Civil Veterinary Dept. Assam report 1927-50 - 1927-1950
Year: 1927
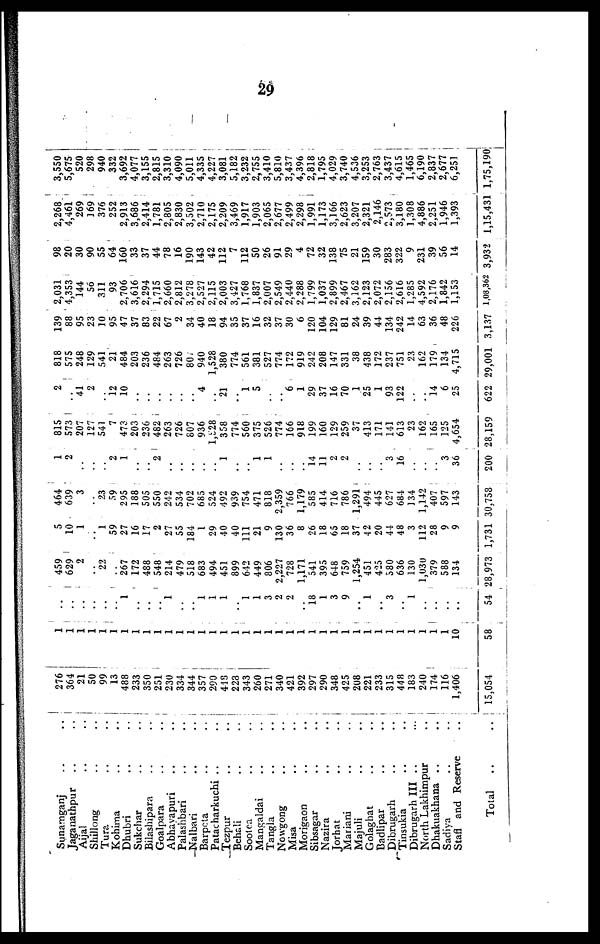
29
Sunamganj ..
Jaganathpur ..
Aijal ..
Shillong ..
Tura ..
Kohina ..
Dhubri ..
Sukchar ..
Bilashipara ..
Goalpara ..
Abhayapuri ..
Palashbari ..
Nalbari ..
Barpeta ..
Patacharkuchi ..
Tezpur ..
Behali ..
Sootea ..
Mangaldai ..
Tangla ..
Nowgong ..
Misa ..
Morigaon ..
Sibsagar ..
Nazira ..
Jorhat ..
Mariani ..
Majuli ..
Golaghat ..
Badlipar ..
Dibrugarh ..
Tinsukia ..
Dibrugarh III ..
North Lakhimpur
Dhakuakhana ..
Sadiya ..
Staff and Reserve
Total
..
..
..
..
..
..
..
..
..
..
..
..
..
..
..
..
..
..
..
..
..
..
..
..
..
..
..
...
..
..
..
..
..
..
..
..
..
..
276
364
21
50
99
13
488
233
350
251
230
334
344
357
290
418
228
343
260
271
340
421
392
297
290
348
425
208
221
233
315
448
183
240
174
116
1,406
15,054
1
1
1
1
1
1
1
1
1
1
1
1
1
1
1
1
1
1
1
1
1
1
1
1
1
1
1
1
1
1
1
1
1
1
1
..
10
58
..
..
..
..
..
..
1
..
..
..
1
..
..
1
1
1
..
1
1
3
2
2
..
18
1
3
9
..
1
..
3
..
1
..
..
..
..
54
459
629
2
22
267
172
488
548
214
479
518
683
494
451
899
642
449
806
2,227
728
1,171
541
395
648
759
1,254
451
425
380
636
130
1,030
379
588
134
28,973
5
10
1
1
59
27
16
17
2
27
55
184
1
29
40
40
111
21
9
130
36
8
26
18
65
18
37
42
20
44
48
3
112
28
9
9
1,731
464
639
3
23
59
295
188
505
550
242
534
702
685
524
492
939
754
471
818
2,359
766
1,179
585
414
716
786
1,291
494
445
627
684
134
1,142
407
597
143
30,758
1
2
..
..
..
2
1
..
..
2
..
..
..
..
..
1
..
..
1
1
..
..
..
14
11
2
2
..
..
..
3
16
..
..
..
3
36
200
815
573
207
127
541
7
473
203
236
482
263
726
807
936
1,528
358
774
560
375
526
774
166
918
199
160
129
259
37
413
171
141
613
23
162
165
125
4,654
28,159
2
41
2
12
10
4
21
1
5
"6
1
29
37
16
70
1
25
1
93
122
14
6
25
622
818
575
248
129
541
21
484
203
236
484
263
726
80.
940
1,528
380
774
561
381
527
774
172
919
242
208
147
331
38
438
172
237
751
23
162
179
134
4,715
29,001
139
88
95
23
10
95
47
37
83
22
67
2
34
40
18
94
35
37
16
32
37
30
6
120
104
129
81
24
39
44
134
242
14
63
36
48
226
3,137
2,031
4,353
144
56
311
93
2,706
3,616
2,294
1,715
2,660
2,812
3,278
2,527
2,115
2,003
3,427
1,768
1,837
2,007
2,549
2,440
2,288
1,799
1,037
2,899
2,467
3,162
2,123
2,072
2,156
2,616
1,285
4,592
2,176
1,842
1,153
1,08,362
98
20
30
90
55
64
160
33
37
44
78
16
190
143
42
112
7
112
50
26
91
29
4
72
32
138
75
21
159
30
283
322
9
231
39
56
14
3,932
2,268
4,461
269
169
376
252
2,913
3,686
2,414
1,781
2,805
2,830
3,502
2,710
2,175
2,209
3,469
1,917
1,903
2,065
2,677
2,499
2,298
1,991
1,173
3,166
2,623
3,207
2,321
2,146
2,573
3,180
1,308
4,886
2,251
1,946
1,393
1,15,431
3,5503
5,675
520 i
298
940
332
3,692
4,077
3,155
2,815
3,310
4,090
5,011
4,335
4,227
3,081
5,182
3,232
2,755
3,410
5,810
3,437
4,396
2,818
1,795
4,029
3,740
4,536
3,253
2,763
3,437
4,615
1,465
6,190
2,837
2,677
6,251
1,75,190